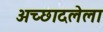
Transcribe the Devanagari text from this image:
अच्छादलेला